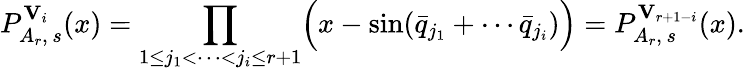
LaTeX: P_{A_{r},\, s}^{{\mathbf V}_{i}}(x)=\prod_{1\leq j_{1}<\cdots<j_{i}\leq r+1}\Bigl(x-\sin(\bar{q}_{j_{1}}+\cdots\bar{q}_{j_{i}})\Bigr)=P_{A_{r},\, s}^{{\mathbf V}_{r+1-i}}(x).